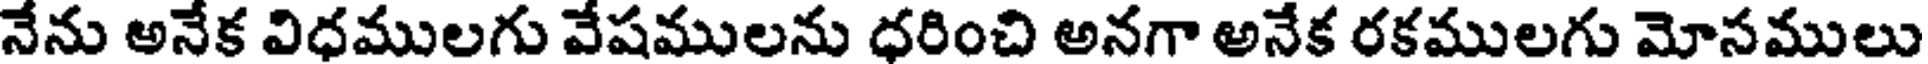
నేను అనేక విధములగు వేషములను ధరించి అనగా అనేక రకములగు మోనములు